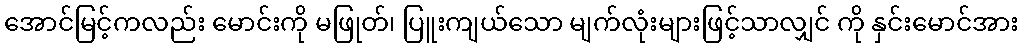
အောင်မြင့်ကလည်း မောင်းကို မဖြုတ်၊ ပြူးကျယ်သော မျက်လုံးများဖြင့်သာလျှင် ကို နှင်းမောင်အား